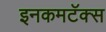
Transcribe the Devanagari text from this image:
इनकमटॅक्स